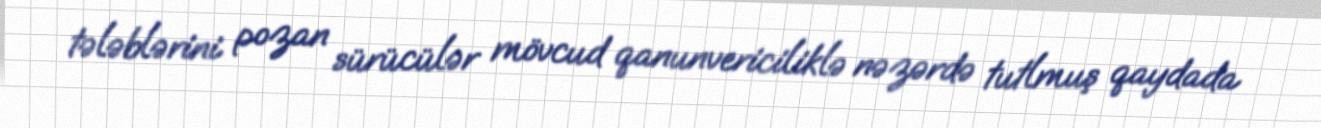
tələblərini pozan sürücülər mövcud qanunvericiliklə nəzərdə tutlmuş qaydada